Annual administration report of the Civil Veterinary Department of India - 1897-1898
Year: 1897
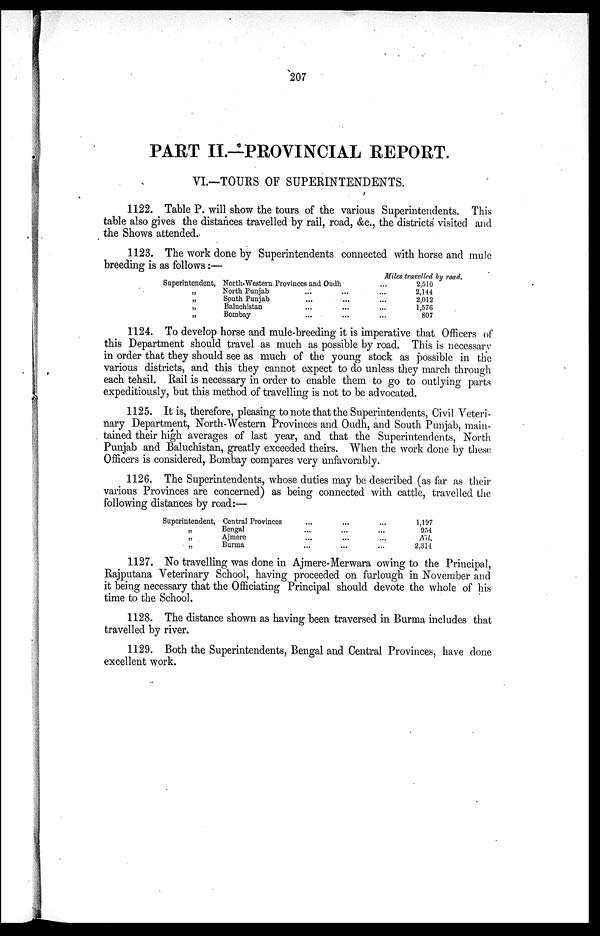
207
PART II.—PROVINCIAL REPORT.
VI.—TOURS OF SUPERINTENDENTS.
1122. Table P. will show the tours of the various Superintendents. This
table also gives the distances travelled by rail, road, &c., the districts visited and
the Shows attended.
1123. The work done by Superintendents connected with horse and mule
breeding is as follows:—
Superintendent,
„
„
„
„
North-Western Provinces and Oudh...
North Punjab
...
... ...
South Punjab
...
... ...
Baluchistan
...
... ...
Bombay... ... ...
Miles travelled by road.
2,510
2,144
2,012
1,576
807
1124. To develop horse and mule-breeding it is imperative that Officers of
this Department should travel as much as possible by road. This is necessary
in order that they should see as much of the young stock as possible in the
various districts, and this they cannot expect to do unless they march through
each tehsil. Rail is necessary in order to enable them to go to outlying parts
expeditiously, but this method of travelling is not to be advocated.
1125. It is, therefore, pleasing to note that the Superintendents, Civil Veteri-
nary Department, North-Western Provinces and Oudh, and South Punjab, main-
tained their high averages of last year, and that the Superintendents, North
Punjab and Baluchistan, greatly exceeded theirs. When the work done by these
Officers is considered, Bombay compares very unfavorably.
1126. The Superintendents, whose duties may be described (as far as their
various Provinces are concerned) as being connected with cattle, travelled the
following distances by road:—
Superintendent,
„
„
„
Central Provinces...
...
...
Bengal
...
...
...
Ajmere...
...
...
Burma
...
...
...
1,197
954
Nil.
2,314
1127. No travelling was done in Ajmere-Merwara owing to the Principal,
Rajputana Veterinary School, having proceeded on furlough in November and
it being necessary that the Officiating Principal should devote the whole of his
time to the School.
1128. The distance shown as having been traversed in Burma includes that
travelled by river.
1129. Both the Superintendents, Bengal and Central Provinces, have done
excellent work.